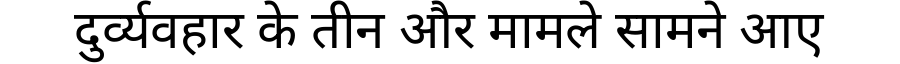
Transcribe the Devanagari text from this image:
दुर्व्यवहार के तीन और मामले सामने आए